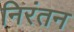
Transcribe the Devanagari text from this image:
निरंतन